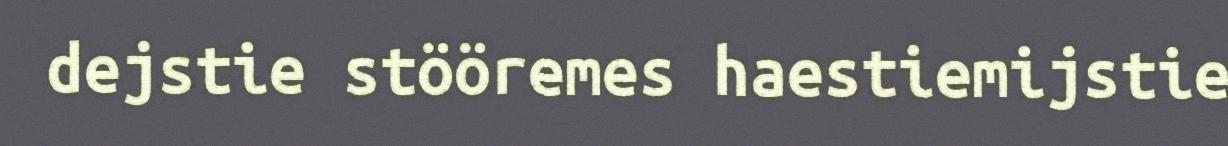
dejstie stööremes haestiemijstie